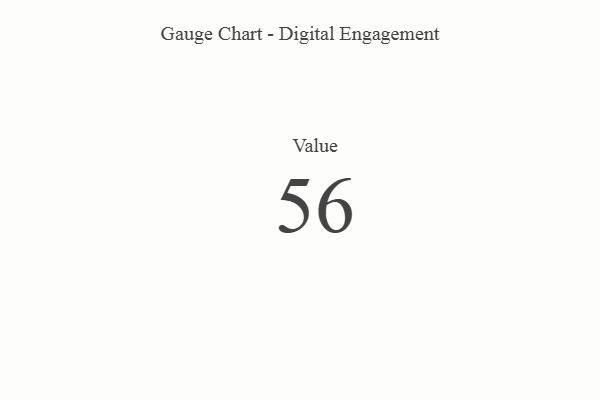
{"axis": {"x": "Metric", "y": "Value"}, "legend": [""], "data": [{"x": "Value", "y": 56, "type": ""}]}